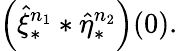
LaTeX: \left(\hat{\xi}_{\ast}^{n_{1}}\ast\hat{\eta}_{\ast}^{n_{2}}\right)(0).